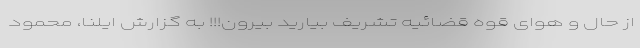
از حال و هوای قوه قضائیه تشریف بیارید بیرون!!! به گزارش ایلنا، محمود